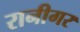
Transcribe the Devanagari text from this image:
रानीगर